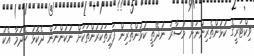
ވިކްޓަރީގެ ކުޅުންތެރިންނަށް މުސާރަ ނުދޭތީ ކުޅުންތެރިން ފަރިތަކުރުންތަކަށް ނުކުންނަން ދެކޮޅު ހެދުމާ އެކު